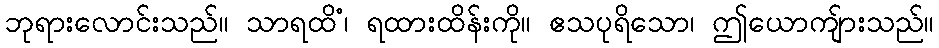
ဘုရားလောင်းသည်။ သာရထိံ၊ ရထားထိန်းကို။ ဧသပုရိသော၊ ဤယောကျ်ားသည်။